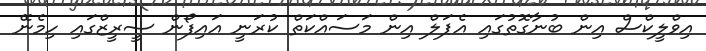
އިވްލީކްސް އިން ބުނާގޮތުގައި އެޕަލް އިން މަސައްކަތް ކުރަނީ އައިފޯން ސީރީޒްގައި ހިމެނޭ